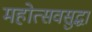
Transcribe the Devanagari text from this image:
महोत्सवसुद्धा